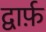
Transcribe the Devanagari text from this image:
द्वार्फ़